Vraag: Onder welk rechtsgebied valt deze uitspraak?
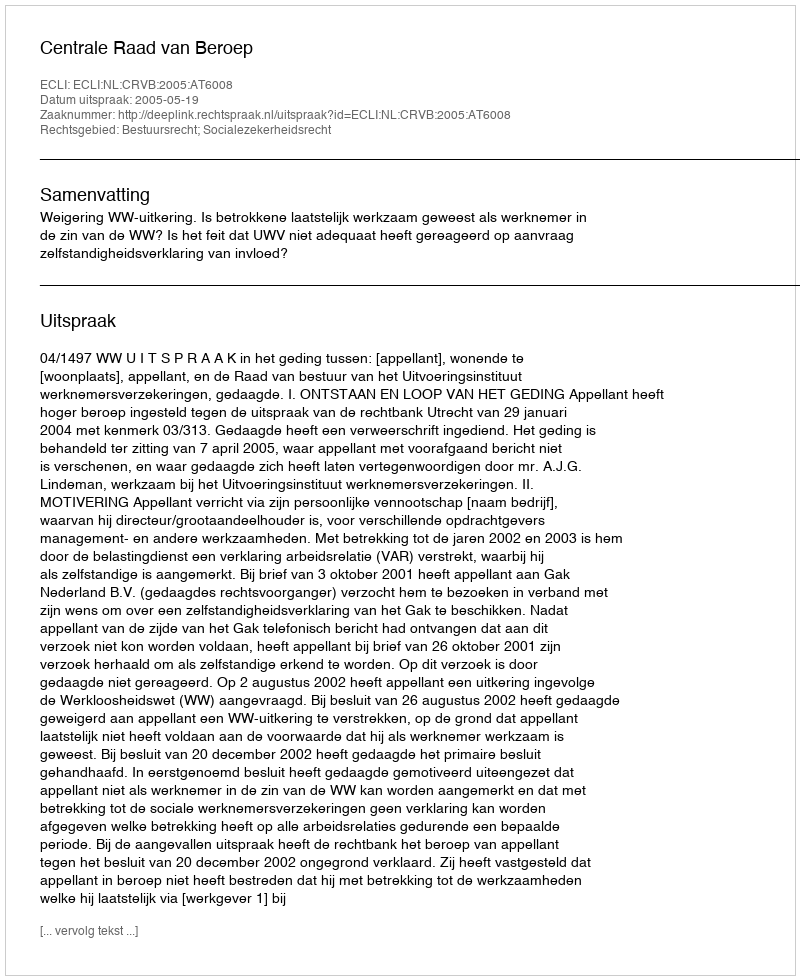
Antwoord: Bestuursrecht; Socialezekerheidsrecht